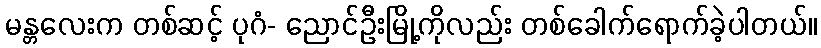
မန္တလေးက တစ်ဆင့် ပုဂံ- ညောင်ဦးမြို့ကိုလည်း တစ်ခေါက်ရောက်ခဲ့ပါတယ်။